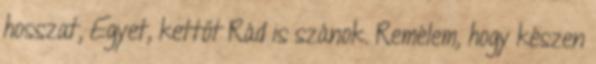
hosszat, Egyet, kettőt Rád is szánok. Remélem, hogy készen